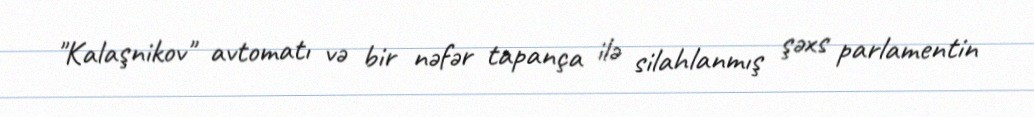
"Kalaşnikov" avtomatı və bir nəfər tapança ilə silahlanmış şəxs parlamentin